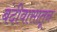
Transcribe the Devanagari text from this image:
बंदीवासातून